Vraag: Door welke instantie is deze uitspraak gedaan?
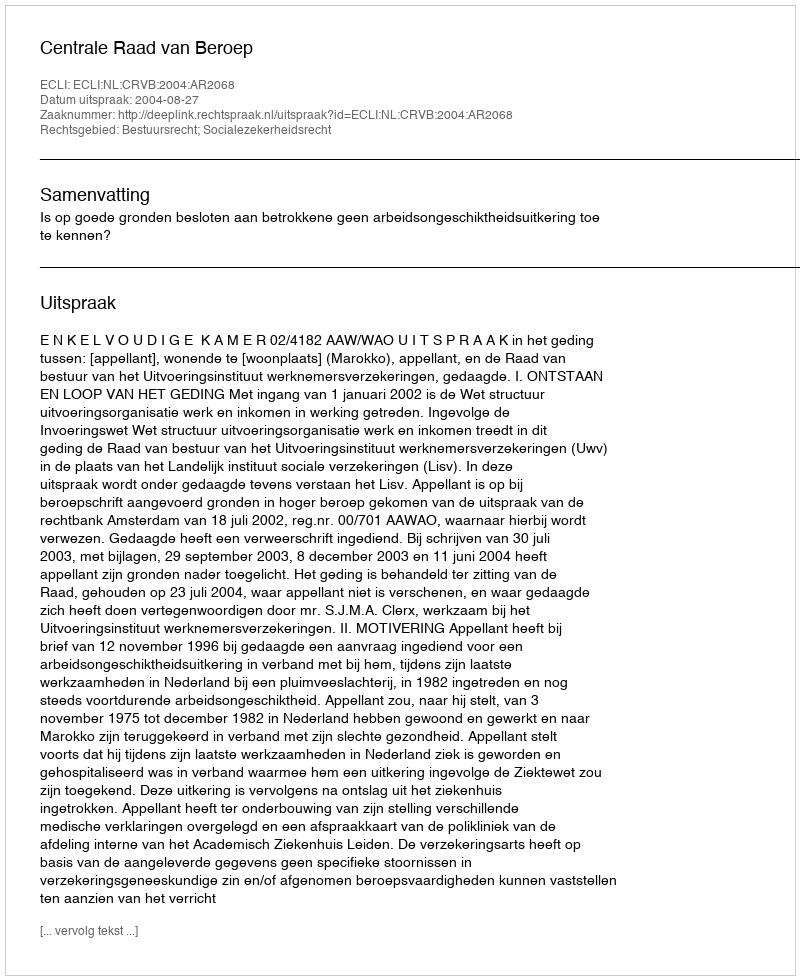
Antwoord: Centrale Raad van Beroep